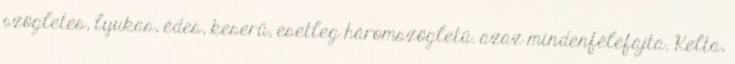
szögletes, lyukas, édes, keserű, esetleg háromszögletű. azaz mindenfélefajta. Kelta,